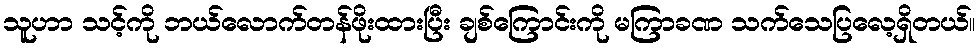
သူပာာ သင့်ကို ဘယ်လောက်တန်ဖိုးထားပြီး ချစ်ကြောင်းကို မကြာခဏ သက်သေပြလေ့ရှိတယ်။